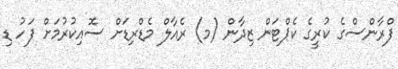
ފްރާންސްގެ ކުރީގެ ކެޕްޓަން ޒިދާން (މ) ރެއާލް މެޑްރިޑަށް ސޮއިކުރުމަށް ފަހު ޑި